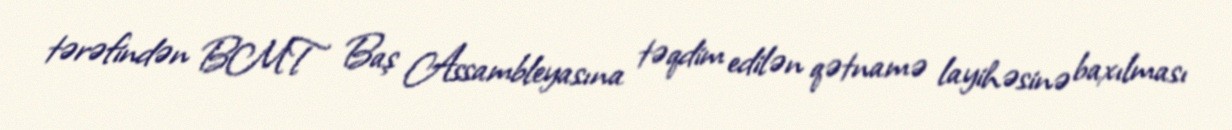
tərəfindən BMT Baş Assambleyasına təqdim edilən qətnamə layihəsinə baxılması